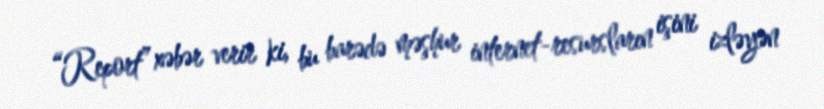
“Report” xəbər verir ki, bu barədə məşhur internet-resursların işini izləyən